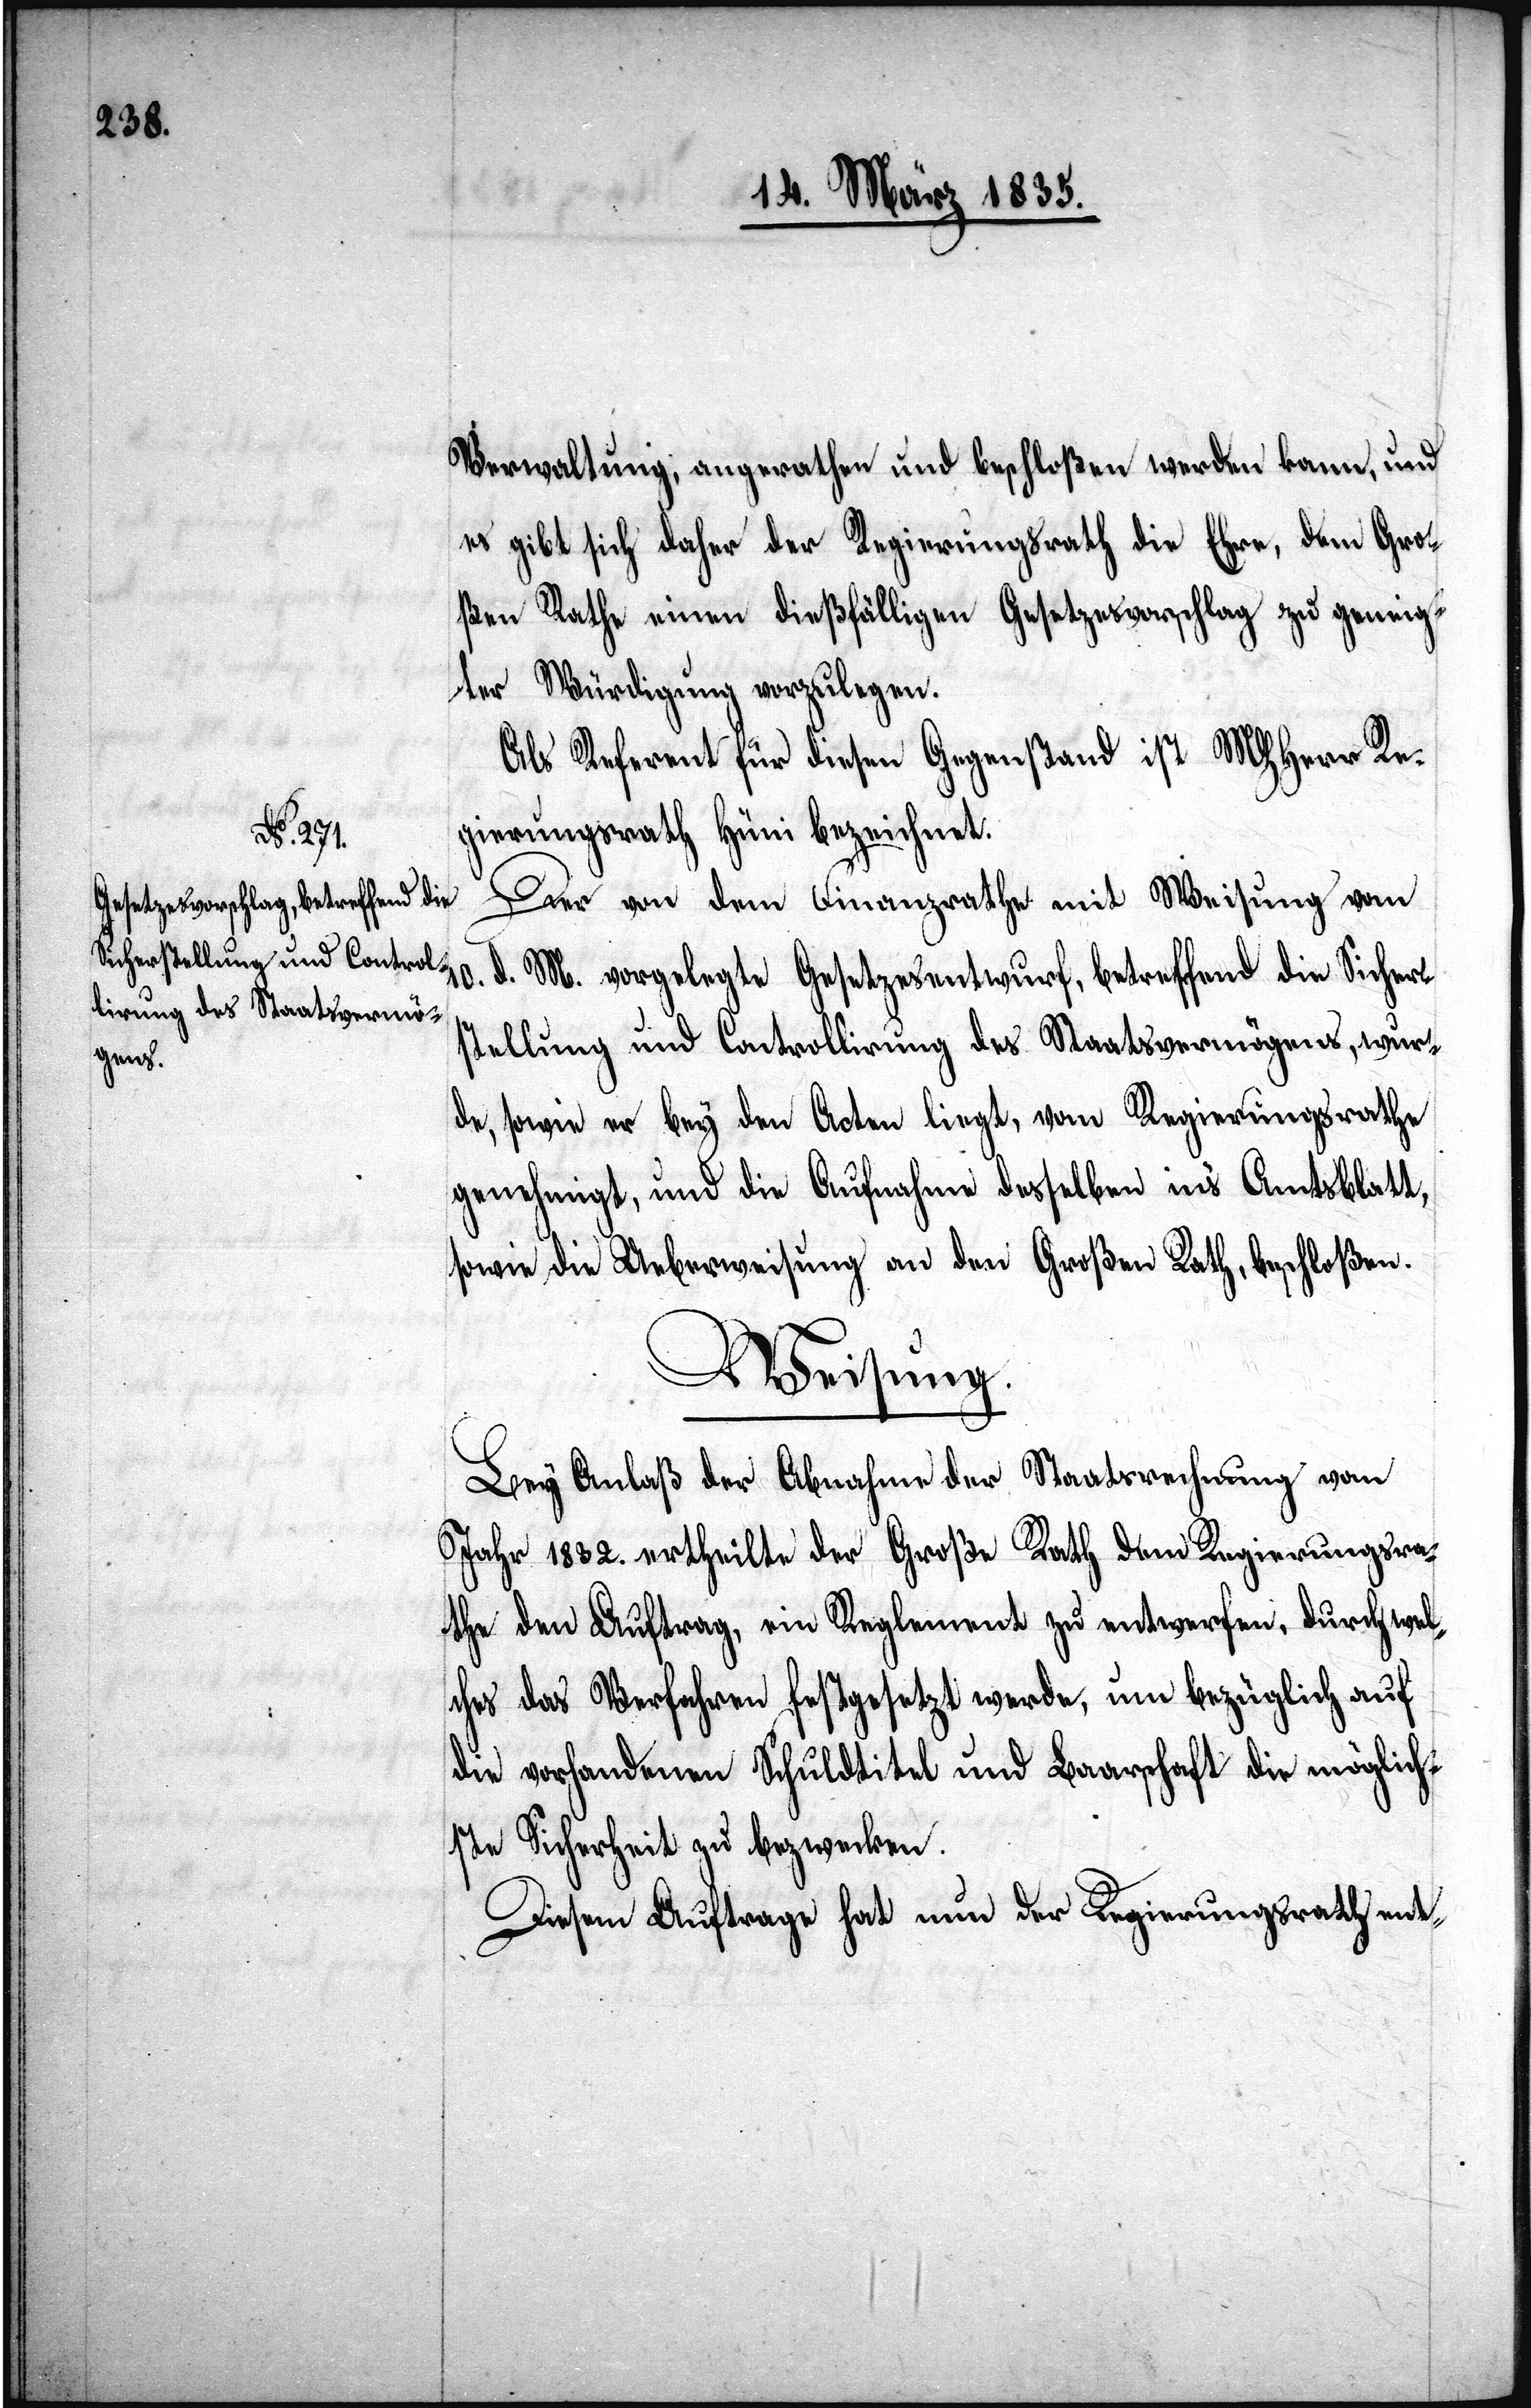
Verwaltung angerathen und beschloßen werden kann, und
es gibt sich daher der Regierungsrath die Ehre, dem Gro¬
ßen Rathe einen dießfälligen Gesetzesvorschlag zu geneig¬
ter Würdigung vorzulegen.
Als Referent für diesen Gegenstand ist MHHerr Re¬
gierungsrath Hüni bezeichnet.